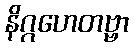
နိဂ္ဂဟေတဗ္ဗာ